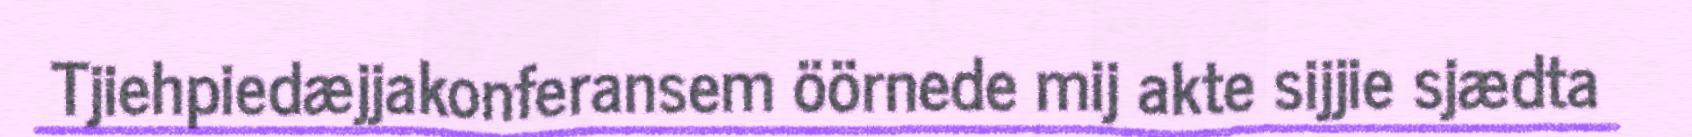
Tjiehpiedæjjakonferansem öörnede mij akte sijjie sjædta